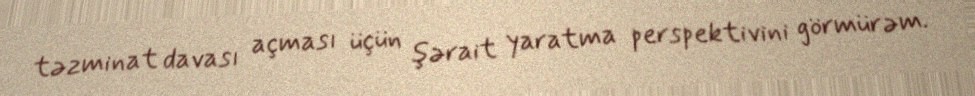
təzminat davası açması üçün şərait yaratma perspektivini görmürəm.